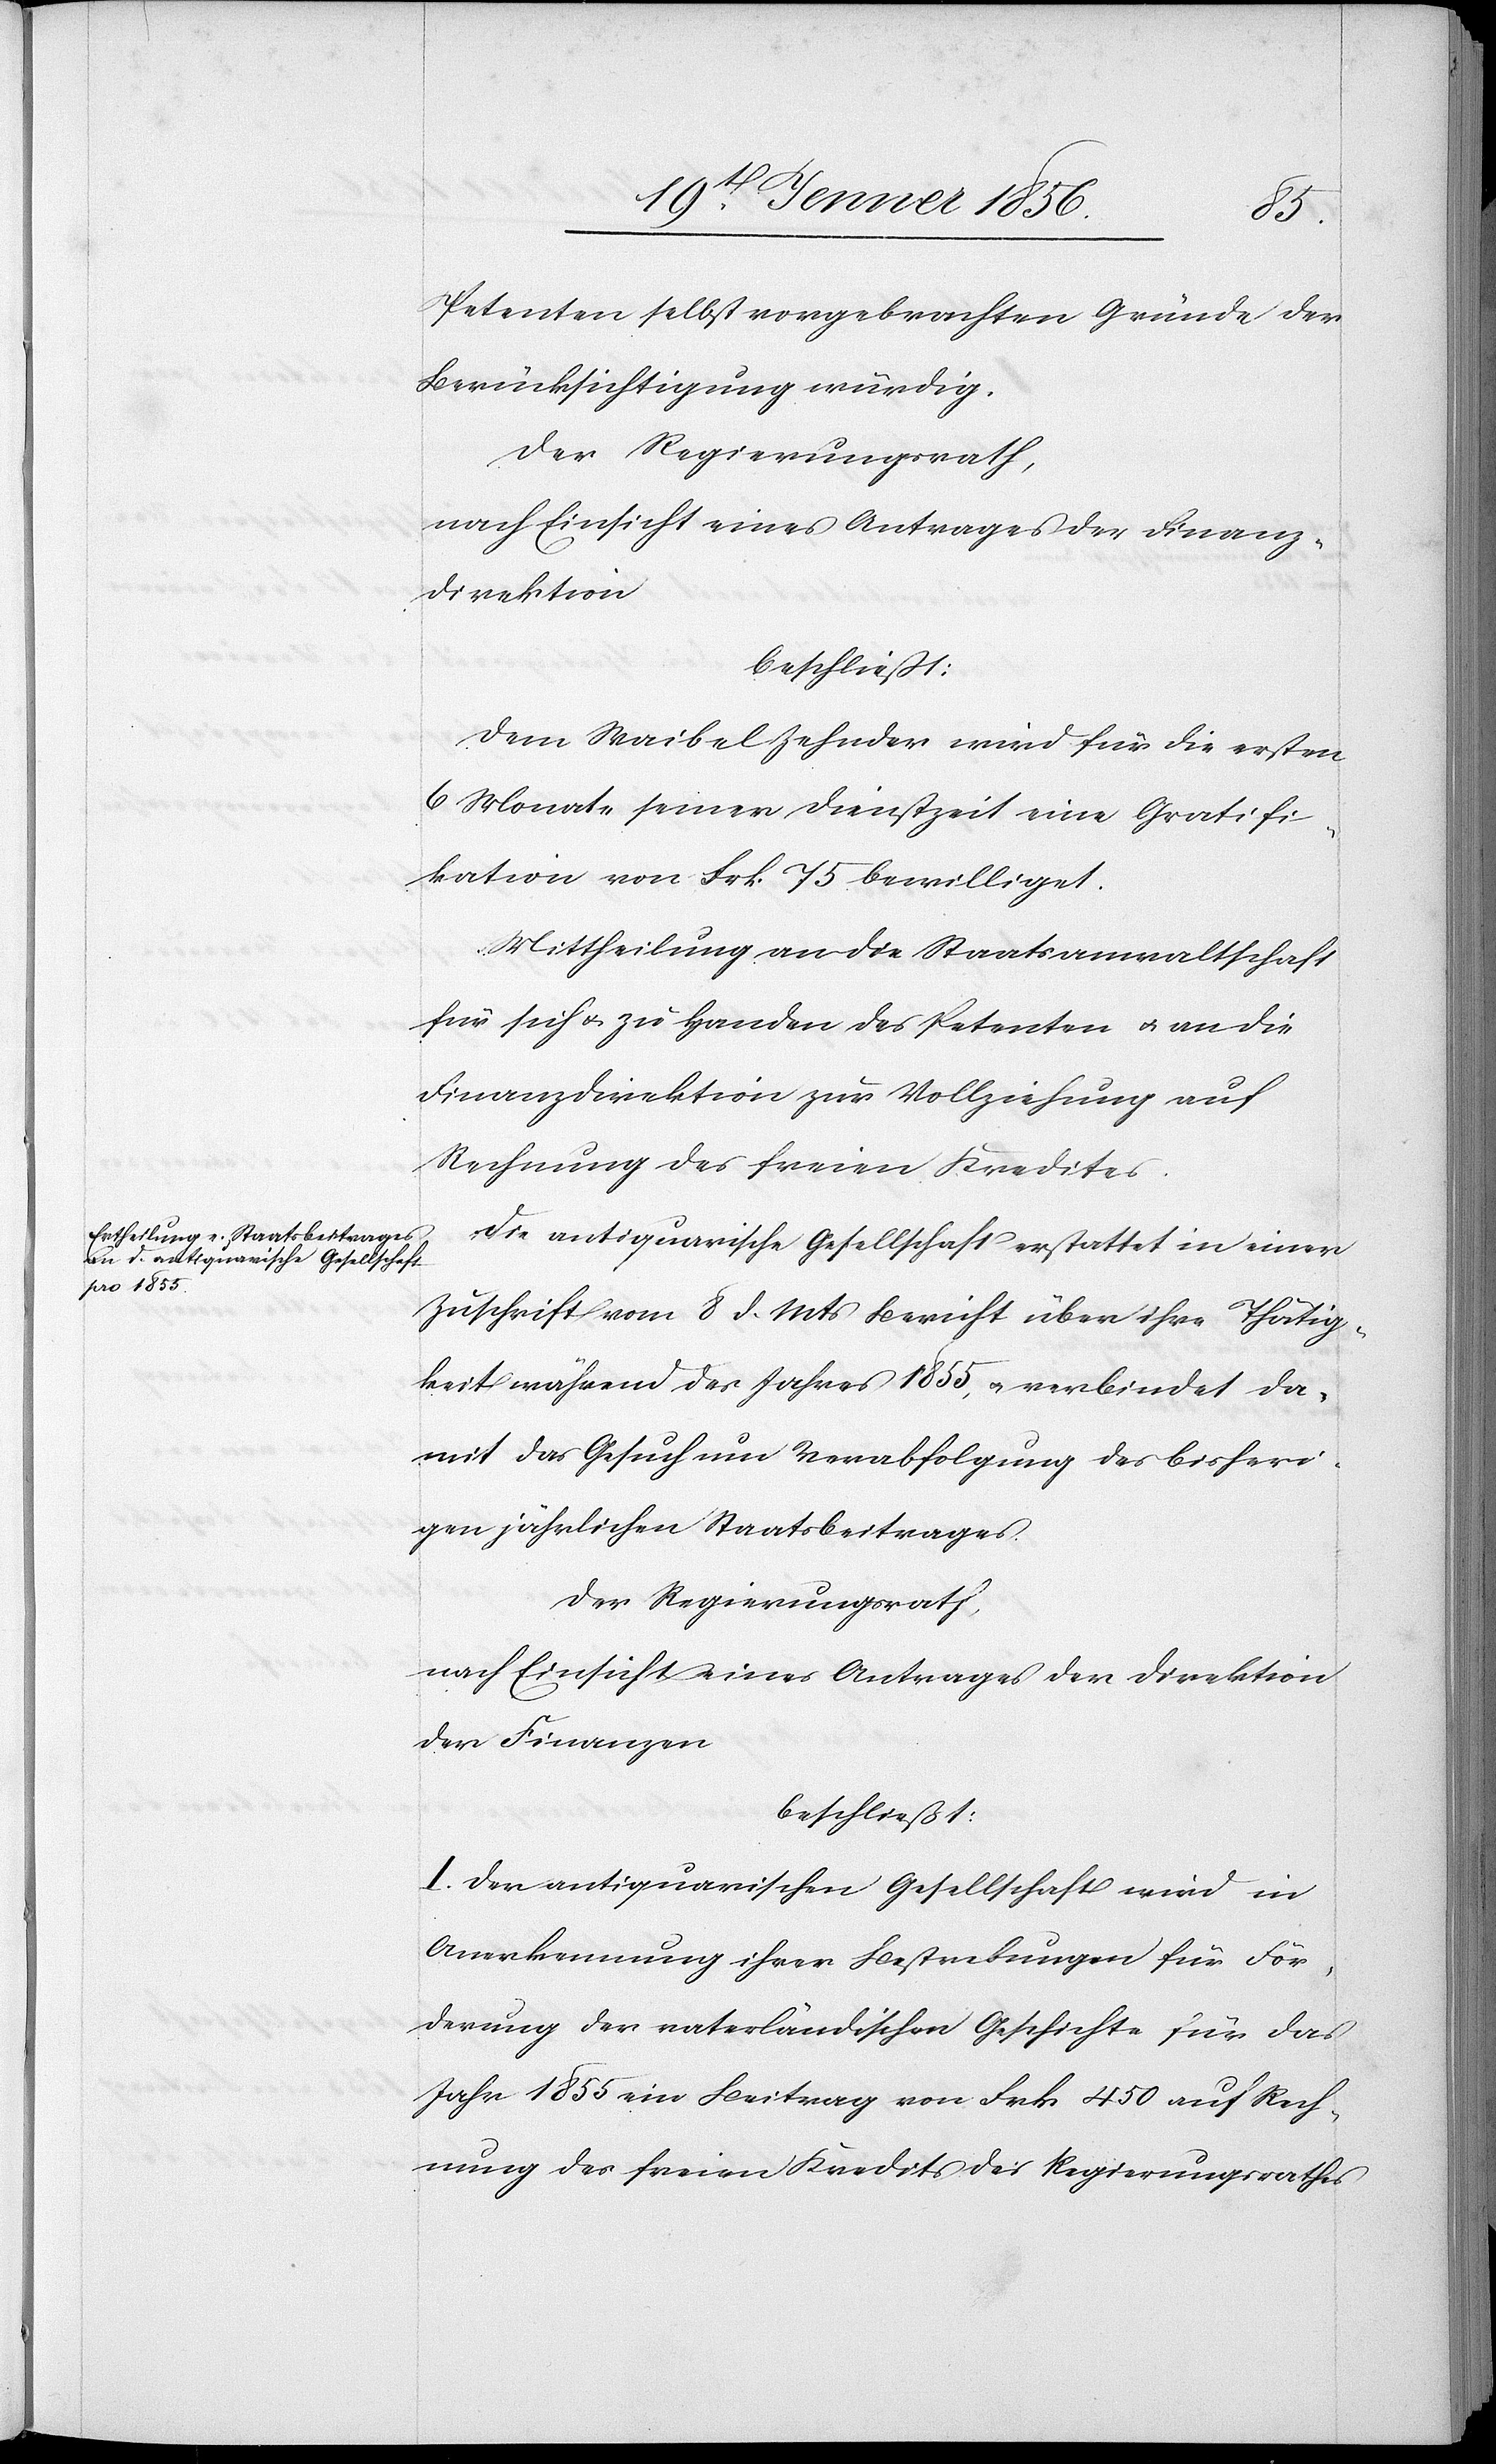
Petenten selbst vorgebrachten Gründe der
Berücksichtigung würdig.
Der Regierungsrath,
nach Einsicht eines Antrages der Finanz¬
direktion
beschließt:
Dem Waibel Zehnder wird für die ersten
6 Monate seiner Dienstzeit eine Gratifi¬
kation von Frk. 75 bewilliget.
Mittheilung an die Staatsanwaltschaft
für sich u. zu Handen des Petenten u. an die
Finanzdirektion zur Vollziehung auf
Rechnung des freien Kredites.
Die antiquarische Gesellschaft erstattet in einer
Zuschrift vom 8 d. Mts Bericht über ihre Thätig¬
keit während des Jahres 1855, u. verbindet da¬
mit das Gesuch um Verabfolgung des bisheri¬
gen jährlichen Staatsbeitrages.
Der Regierungsrath,
nach Einsicht eines Antrages der Direktion
der Finanzen
beschließt:
I. Der antiquarischen Gesellschaft wird in
Anerkennung ihrer Bestrebungen für För¬
derung der vaterländischen Geschichte für das
Jahr 1855 ein Beitrag von Frk 450 auf Rech¬
nung des freien Kredits des Regierungsrathes